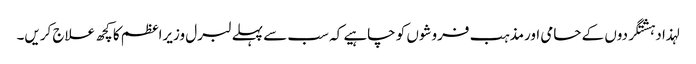
لہذا دہشتگردوں کے حامی اورمذہب فروشوں کو چاہیے کہ سب سے پہلے لبرل وزیراعظم کا کچھ علاج کریں۔